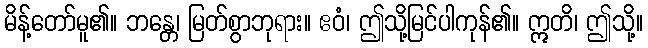
မိန့်တော်မူ၏။ ဘန္တေ၊ မြတ်စွာဘုရား။ ဧဝံ၊ ဤသို့မြင်ပါကုန်၏။ ဣတိ၊ ဤသို့။